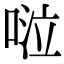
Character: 𠴹